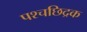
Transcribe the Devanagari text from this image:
पश्चछिद्रक